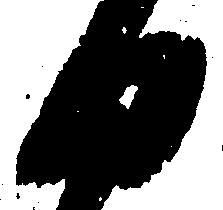
日